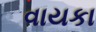
વાયકા